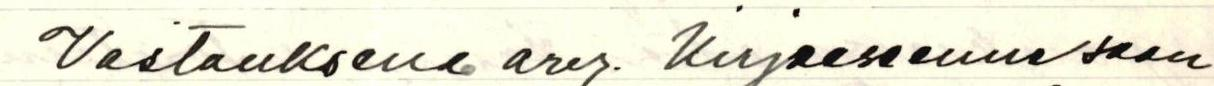
Vastauksena arv. Kirjeeseenne saan